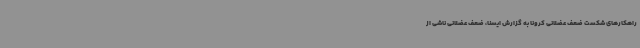
راهکارهای شکست ضعف عضلانی کرونا به گزارش ایسنا، ضعف عضلانی ناشی از